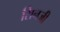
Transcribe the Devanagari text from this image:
सिनजी